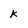
Character: k